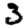
Digit: 3